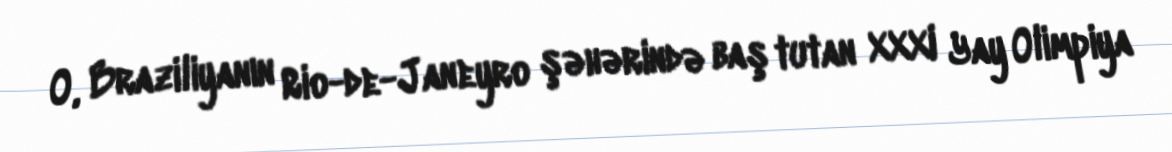
O, Braziliyanın Rio-de-Janeyro şəhərində baş tutan XXXI Yay Olimpiya